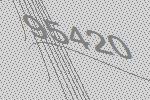
95420